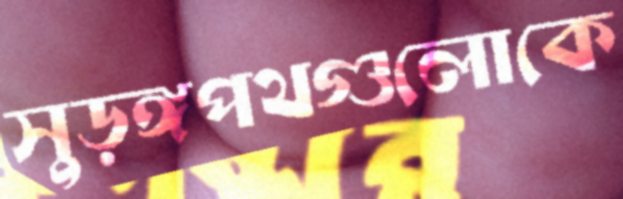
সুড়ঙ্গপথগুলোকে